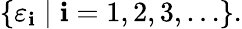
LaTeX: \{ \varepsilon_{\mathbf{i}}\mid\mathbf{i}=1,2,3,\ldots\} .